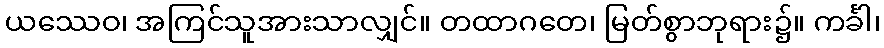
ယဿေဝ၊ အကြင်သူအားသာလျှင်။ တထာဂတေ၊ မြတ်စွာဘုရား၌။ ကင်္ခါ၊